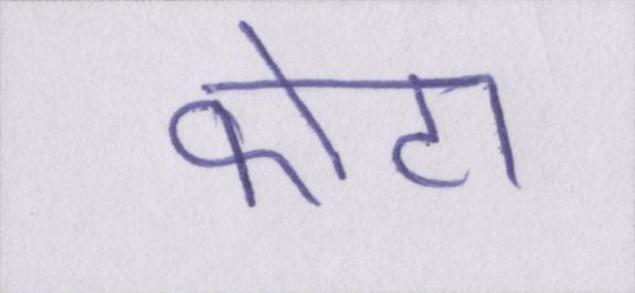
कोटा